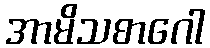
အာမိသစာဂေါ